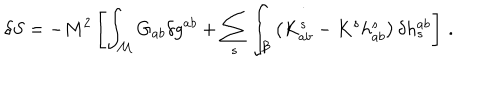
LaTeX: \delta S = - M ^ { 2 } \left[ \int _ { \mathcal M } G _ { a b } \delta g ^ { a b } + \sum _ { s } \int _ { \mathcal B } \left( K _ { a b } ^ { s } - K ^ { s } h _ { a b } ^ { s } \right) \delta h _ { s } ^ { a b } \right] \, .